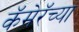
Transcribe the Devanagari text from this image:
कॅमेरॅच्या